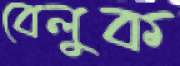
বেলুক